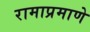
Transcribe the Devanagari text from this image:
रामाप्रमाणे